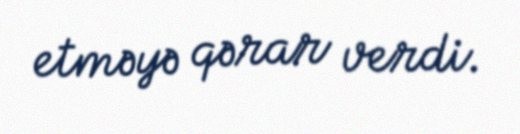
etməyə qərar verdi.